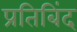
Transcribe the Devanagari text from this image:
प्रतिबिंद